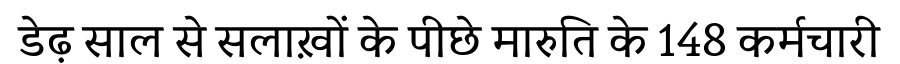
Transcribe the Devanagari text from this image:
डेढ़ साल से सलाख़ों के पीछे मारुति के 148 कर्मचारी